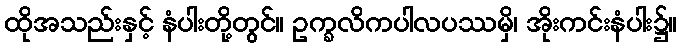
ထိုအသည်းနှင့် နံပါးတို့တွင်။ ဥက္ခလိကပါလပဿမှိ၊ အိုးကင်းနံပါး၌။